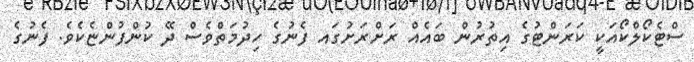
ސްޓެކޯލްކޯއަކީ ކަރަންޓުގެ އިތުރުން ބައެއް ރަށްރަށުގައ ފެނުގެ ހިދުމަތްވެސް ދޭ ކުންފުންޏެކެވެ. ފެނުގެ